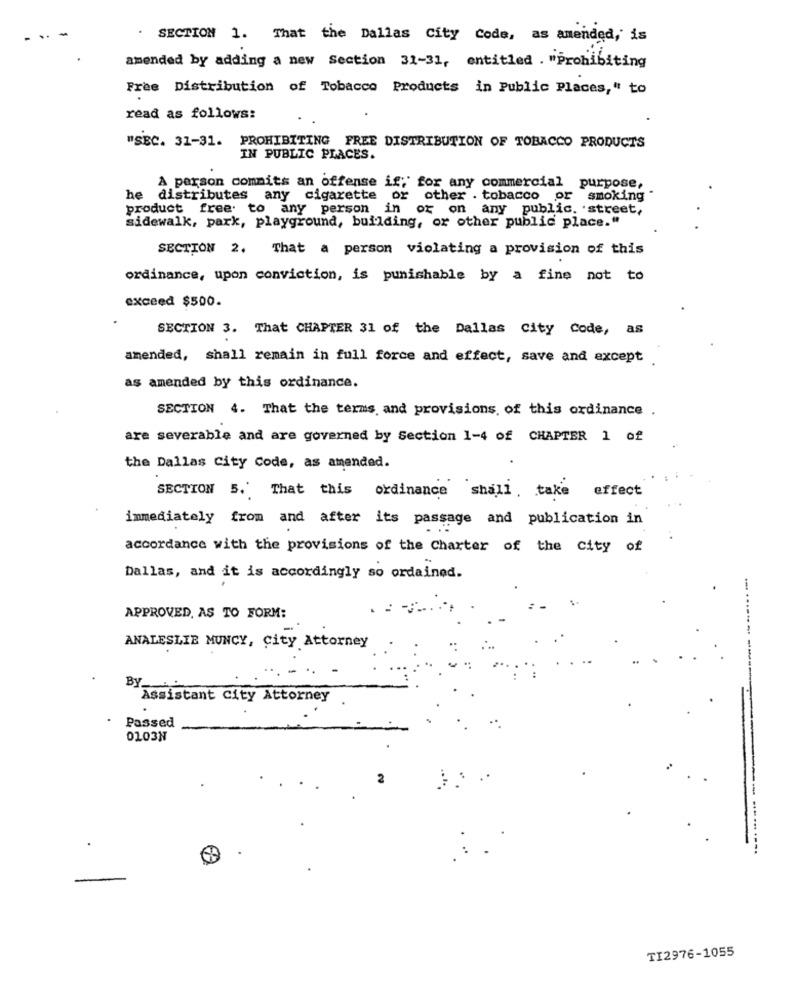
. SECTION 1. That the Dallas City Code, as amended, is
amended by adding a new section 31-31, entitled . "prohibiting
Free Distribution of Tobacco Products in Public Places," to
read as follows:
"SEC. 31-31. PROHIBITING FREE DISTRIBUTION OF TOBACCO PRODUCTS
IN PUBLIC PLACES.
A person commits an offense if; for any commercial purpose,
he distributes any cigarette
or other . tobacco or smoking
product free to any person in or on any public. street,
sidewalk, park, playground, building, or other public place."
SECTION 2. That a person violating a provision of this
ordinance, upon conviction, is punishable by a fine not to
exceed $500.
SECTION 3. That CHAPTER 31 of the Dallas City Code, as
amended, shall remain in full force and effect, save and except
as amended by this ordinance.
SECTION 4. That the terms, and provisions of this ordinance .
are severable and are governed by Section 1-4 of CHAPTER 1 of
the Dallas City Code, as amended.
SECTION 5. That this ordinance shall, take effect
immediately from and after its passage and publication in
accordance with the provisions of the Charter of the city of
Dallas, and it is accordingly so ordained.
--.
APPROVED, AS TO FORM:
ANALESLIE MUNCY, City Attorney
By
Assistant City Attorney
.
Passed
0103N
-
------ -------.
-
TI2976-1055